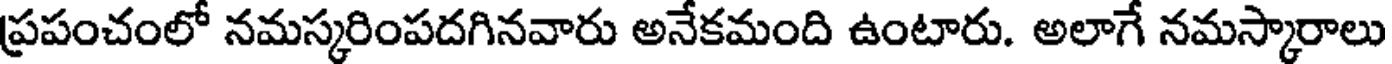
ప్రపంచంలో నమస్కరింపదగినవారు అనేకమంది ఉంటారు. అలాగే నమస్కారాలు